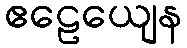
ဧဠေယျေန